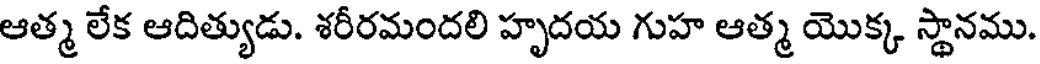
ఆత్మ లేక ఆదిత్యుడు. శరీరమందలి హృదయ గుహ ఆత్మ యొక్క స్థానము.